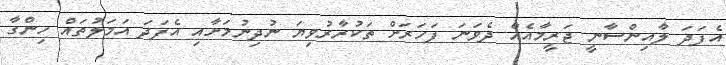
އެފަދަ ލާއިންސާނީ ޖަރީމާއެއް ދެވަނަ ފަހަރަށް ތަކުރާރުވިޔަ ނުދިނުމަށާއި އެފަދަ އަމަލުތައް ހިންގާ